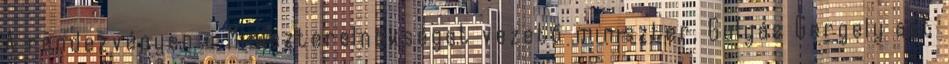
A rendezvényen a Miniszterelnökséget vezető miniszter, Gulyás Gergely azt